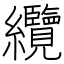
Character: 纜